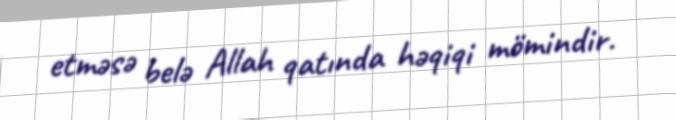
etməsə belə Allah qatında həqiqi mömindir.